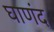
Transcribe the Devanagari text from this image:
घाणंद